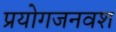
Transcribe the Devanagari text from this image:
प्रयोगजनवश